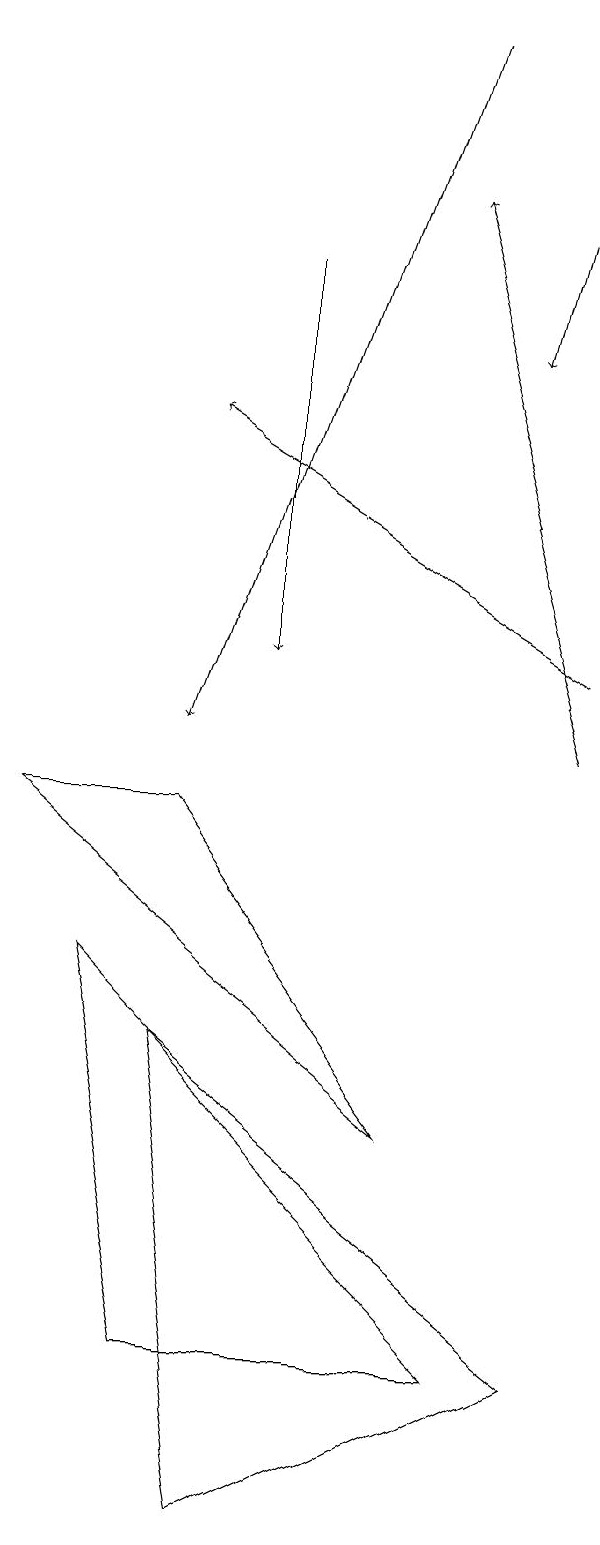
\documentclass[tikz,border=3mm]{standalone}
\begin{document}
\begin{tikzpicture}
\draw[->] (9,11) -- (4,14);
\draw[->] (9,10) -- (7,17);
\draw[->] (5,16) -- (5,11);
\draw (2,9) -- (4,9) -- (7,5) -- cycle;
\draw (8,2) -- (3,7) -- (4,2) -- cycle;
\draw (9,2) -- (4,6) -- (5,0) -- cycle;
\draw[->] (7,19) -- (4,10);
\draw[->] (9,19) -- (8,15);
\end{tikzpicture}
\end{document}